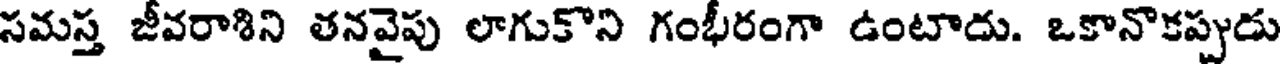
సమస్త జీవరాశిని తనవైపు లాగుకొని గంభీరంగా ఉంటాదు. ఒకానొకప్పుడు